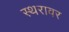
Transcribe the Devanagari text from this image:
स्थरावर